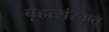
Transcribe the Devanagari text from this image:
बृहत्संस्कृत